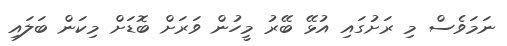
ނަމަވެސް މި ރަށުގައި އުޅޭ ބޭރު މީހުން ވަރަށް ބޮޑަށް މިކަން ބަލައި